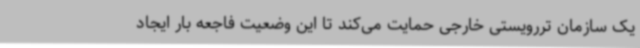
یک سازمان تررویستی خارجی حمایت می‌کند تا این وضعیت فاجعه بار ایجاد